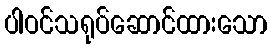
ပါဝင်သရုပ်ဆောင်ထားသော